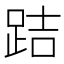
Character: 𨀙